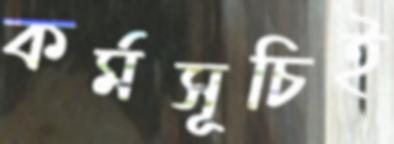
কর্মসূচিই